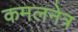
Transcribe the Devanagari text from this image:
कमलनेत्र